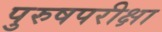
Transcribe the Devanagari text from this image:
पुरुषपरीक्षा